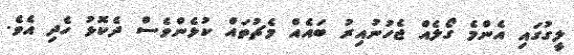
ލީގުގައި އެންމެ ގޯލެއް ޖެހުނުއިރު ބައެއް މެޗުތައް ކުޅެންވެސް ދެކޮޅު ހެދި އެވެ.